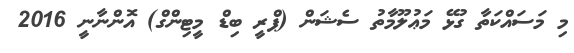
މި މަސައްކަތާ ގުޅޭ މަޢުލޫމާތު ސެޝަން (ޕްރީ ބިޑް މީޓިންގް) އޮންނާނީ 2016